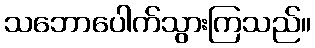
သဘောပေါက်သွားကြသည်။